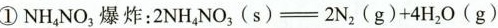
① NH _ { 4 } NO _{ 3 } 爆炸： : 2NH_ { 4 } NO_ { 3 }（ s ）=2N_{ 2 } ( g )+4H_{ 2 } O ( g )